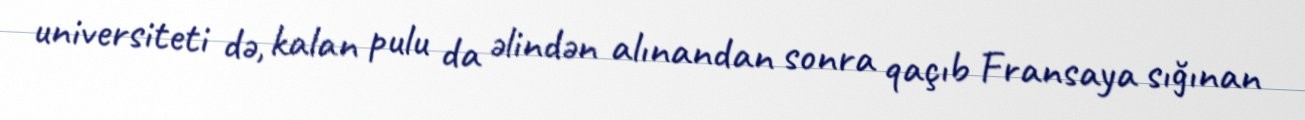
universiteti də, kalan pulu da əlindən alınandan sonra qaçıb Fransaya sığınan